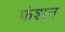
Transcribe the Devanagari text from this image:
फंशन